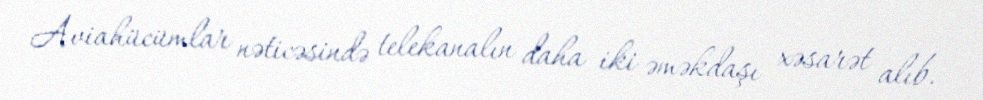
Aviahücümlar nəticəsində telekanalın daha iki əməkdaşı xəsarət alıb.